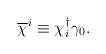
\begin{align*}\overline{\chi}^{i} \equiv \chi_{i}^{\dagger} \gamma_{0}.\end{align*}